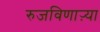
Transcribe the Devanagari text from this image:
रुजविणाऱ्या